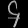
Digit: ၄